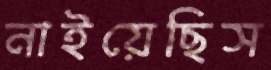
নাইয়েছিস